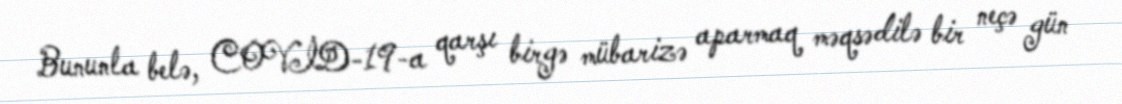
Bununla belə, COVİD-19-a qarşı birgə mübarizə aparmaq məqsədilə bir neçə gün